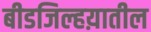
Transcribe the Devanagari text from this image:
बीडजिल्हय़ातील